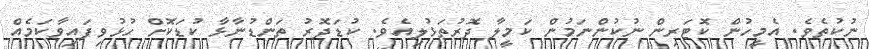
ނުކުތެވެ. އެމީހުން ކޮޓަރިން ނުކުންނަމުން ކަމީލާ ދޮރުތަޅުލިއެވެ. ކުޑަދޮރު ތަންޑުނާޅާ ކުޑަކޮށް ހުޅުވިފައިވާކަމެއް